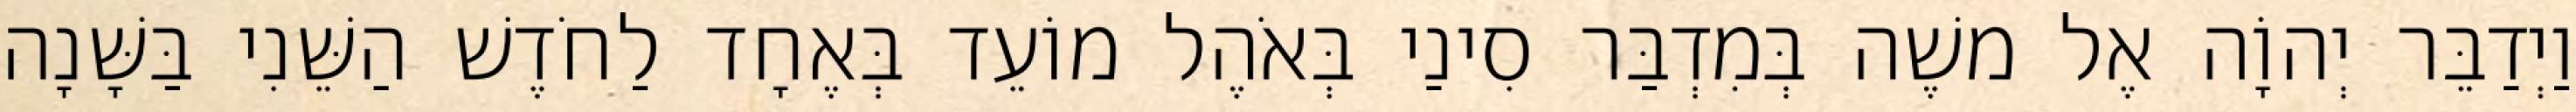
וַיְדַבֵּר יְהוָֹה אֶל משֶׁה בְּמִדְבַּר סִינַי בְּאֹהֶל מוֹעֵד בְּאֶחָד לַחֹדֶשׁ הַשֵּׁנִי בַּשָּׁנָה